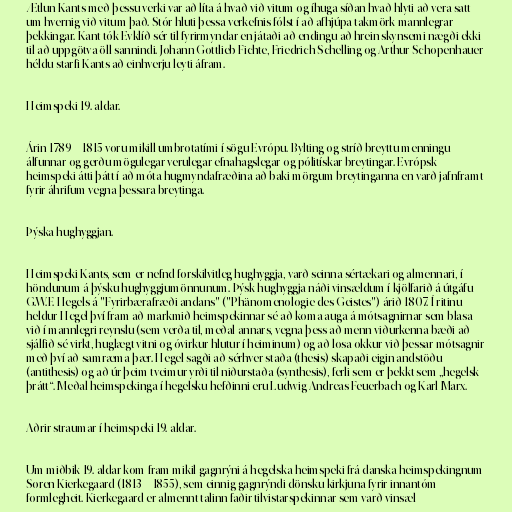
Ætlun Kants með þessu verki var að líta á hvað við vitum og íhuga síðan hvað hlyti að vera satt
um hvernig við vitum það. Stór hluti þessa verkefnis fólst í að afhjúpa takmörk mannlegrar
þekkingar. Kant tók Evklíð sér til fyrirmyndar en játaði að endingu að hrein skynsemi nægði ekki
til að uppgötva öll sannindi. Johann Gottlieb Fichte, Friedrich Schelling og Arthur Schopenhauer
héldu starfi Kants að einhverju leyti áfram.

Heimspeki 19. aldar.

Árin 1789 – 1815 voru mikill umbrotatími í sögu Evrópu. Bylting og stríð breyttu menningu
álfunnar og gerðu mögulegar verulegar efnahagslegar og pólitískar breytingar. Evrópsk
heimspeki átti þátt í að móta hugmyndafræðina að baki mörgum breytinganna en varð jafnframt
fyrir áhrifum vegna þessara breytinga.

Þýska hughyggjan.

Heimspeki Kants, sem er nefnd forskilvitleg hughyggja, varð seinna sértækari og almennari, í
höndunum á þýsku hughyggjumönnunum. Þýsk hughyggja náði vinsældum í kjölfarið á útgáfu
G.W.F. Hegels á "Fyrirbærafræði andans" ("Phänomenologie des Geistes") árið 1807. Í ritinu
heldur Hegel því fram að markmið heimspekinnar sé að koma auga á mótsagnirnar sem blasa
við í mannlegri reynslu (sem verða til, meðal annars, vegna þess að menn viðurkenna bæði að
sjálfið sé virkt, huglægt vitni og óvirkur hlutur í heiminum) og að losa okkur við þessar mótsagnir
með því að samræma þær. Hegel sagði að sérhver staða (thesis) skapaði eigin andstöðu
(antithesis) og að úr þeim tveimur yrði til niðurstaða (synthesis), ferli sem er þekkt sem „hegelsk
þrátt“. Meðal heimspekinga í hegelsku hefðinni eru Ludwig Andreas Feuerbach og Karl Marx.

Aðrir straumar í heimspeki 19. aldar.

Um miðbik 19. aldar kom fram mikil gagnrýni á hegelska heimspeki frá danska heimspekingnum
Søren Kierkegaard (1813 – 1855), sem einnig gagnrýndi dönsku kirkjuna fyrir innantóm
formlegheit. Kierkegaard er almennt talinn faðir tilvistarspekinnar sem varð vinsæl